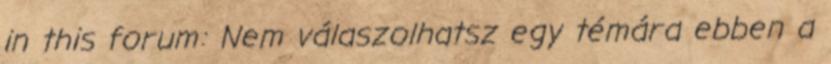
in this forum: Nem válaszolhatsz egy témára ebben a